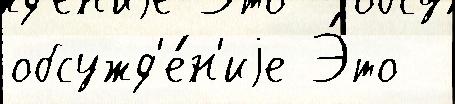
обсужд'е́н'иjе Э́то